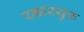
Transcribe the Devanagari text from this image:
रकारयुक्त